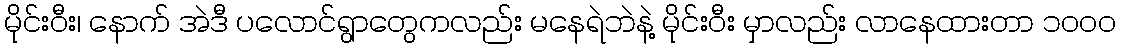
မိုင်းဝီး၊ နောက် အဲဒီ ပလောင်ရွာတွေကလည်း မနေရဲဘဲနဲ့ မိုင်းဝီး မှာလည်း လာနေထားတာ ၁၀၀၀